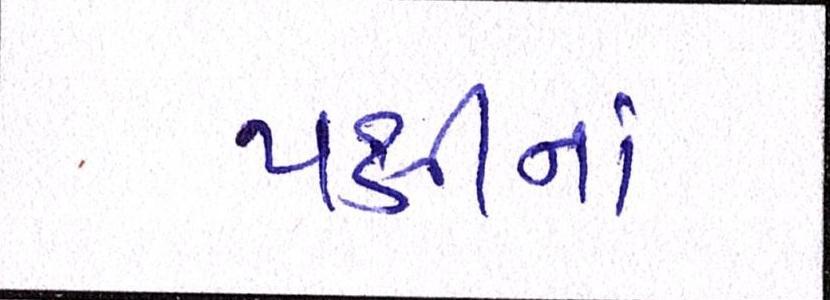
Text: પક્ષીનાં